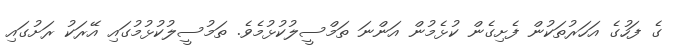
ގެ ފަހުގެ އަހަރުތަކުން ފެށިގެން ކުޅެމުން އަންނަ ތަމްސީލުކުޅުމެވެ. ތަމުސީލުކުޅުމުގައި އޭރަކު ރަށުގައި